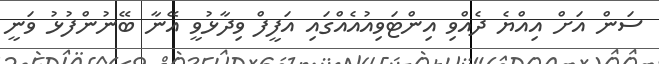
ސަން އަށް އިއްޔެ ދެއްވި އިންޓަވިއުއެއްގައި އަފީފް ވިދާޅުވީ އޭނާ ބޭނުންފުޅު ވަނީ